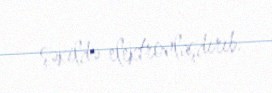
şəkildə elektronlaşdırıb.